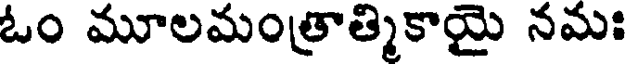
ఓం మూలమంత్రాత్మికాయై నమః